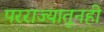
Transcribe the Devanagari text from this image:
परराज्यातूनही